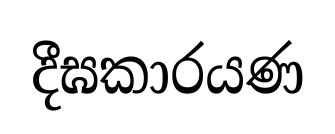
දීඝකාරයණ